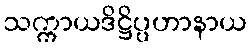
သက္ကာယဒိဋ္ဌိပ္ပဟာနာယ